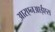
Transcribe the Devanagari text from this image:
आरएनआईएस